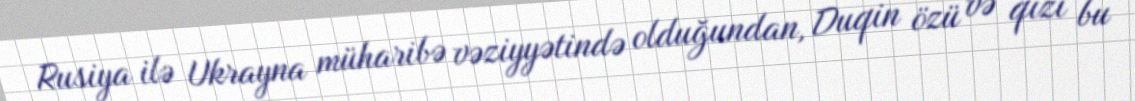
Rusiya ilə Ukrayna müharibə vəziyyətində olduğundan, Duqin özü və qızı bu